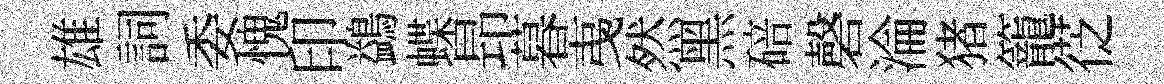
雄詞委愧印鷁蝶昻暮𢎯然黑碚磬淪猪籠徔